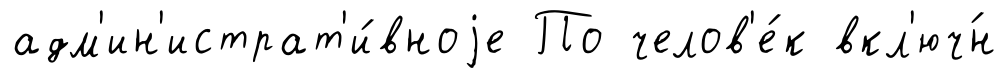
адм'ин'истрат'и́вноjе По челов'е́к вкл'юч́н